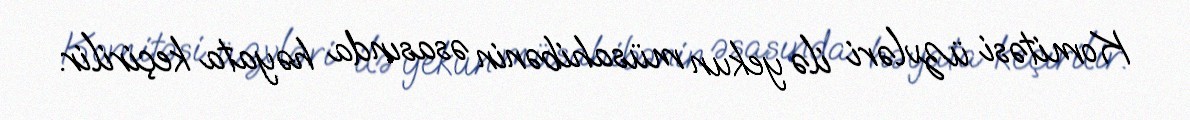
Komitəsi üzvləri ilə yekun müsahibənin əsasında həyata keçirilir.